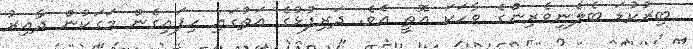
ބިރުކުޑަ ބެލެނިވެރިންގެ ވާހަކަ އޮތީ އެވެ. ދަރިފުޅުގެ އަތުގައި ހިފައިގެން މަގަކުން ދާއިރު